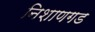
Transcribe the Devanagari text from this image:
निशाणगड